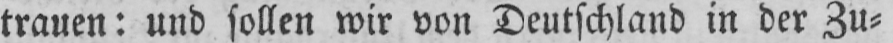
trauen: und sollen wir von Deutschland in der Zu⸗